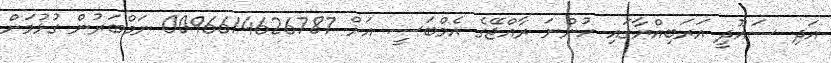
އަދި ސައޫދީ އަރަބިއްޔާގައި ހުންނަ ރާއްޖޭގެ އެމްބަސީ އަށް 0096614626787 ނަމްބަރުން ގުޅުމަށް